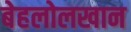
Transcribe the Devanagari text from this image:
बेहलोलखान